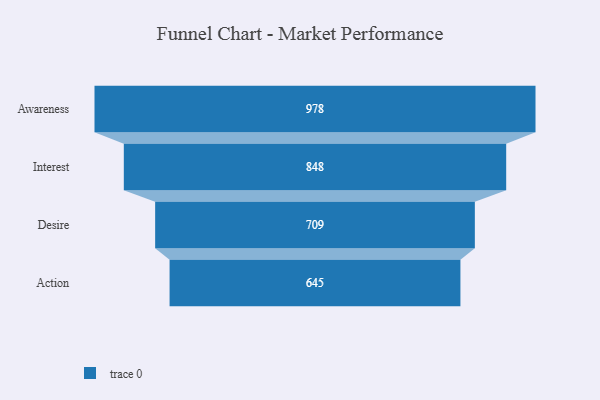
{"axis": {"x": "Stage", "y": "Value"}, "legend": [""], "data": [{"x": "Awareness", "y": 978.0, "type": ""}, {"x": "Interest", "y": 848.0, "type": ""}, {"x": "Desire", "y": 709.0, "type": ""}, {"x": "Action", "y": 645.0, "type": ""}]}